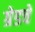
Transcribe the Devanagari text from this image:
ग्रेडचे